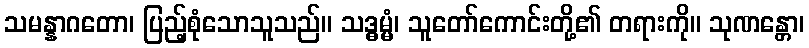
သမန္နာဂတော၊ ပြည့်စုံသောသူသည်။ သဒ္ဓမ္မံ၊ သူတော်ကောင်းတို့၏ တရားကို။ သုဏန္တော၊